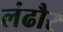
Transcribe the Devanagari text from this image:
लंढौर